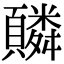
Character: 䫰